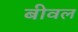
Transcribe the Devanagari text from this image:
बीवल